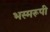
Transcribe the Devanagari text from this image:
भस्मरूपी